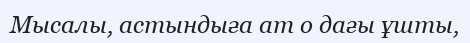
Мысалы, астындыға ат о дағы ұшты,